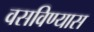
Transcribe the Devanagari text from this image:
वसविण्यास